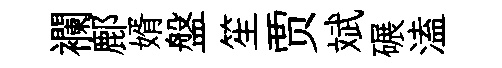
襴鄜婿盤笙贾斌碾溘